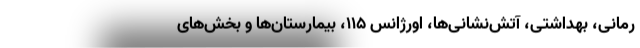
رمانی، بهداشتی، آتش‌نشانی‌ها، اورژانس ۱۱۵، بیمارستان‌ها و بخش‌های